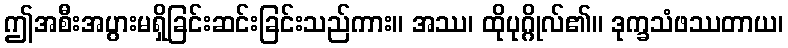
ဤအစီးအပွားမရှိခြင်းဆင်းခြင်းသည်ကား။ အဿ၊ ထိုပုဂ္ဂိုလ်၏။ ဒုက္ခသံဖဿတာယ၊